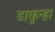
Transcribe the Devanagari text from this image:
डाकुन्हा